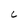
Character: C